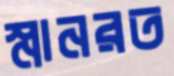
স্নানরত